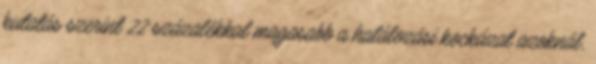
kutatás szerint 22 százalékkal magasabb a halálozási kockázat azoknál,